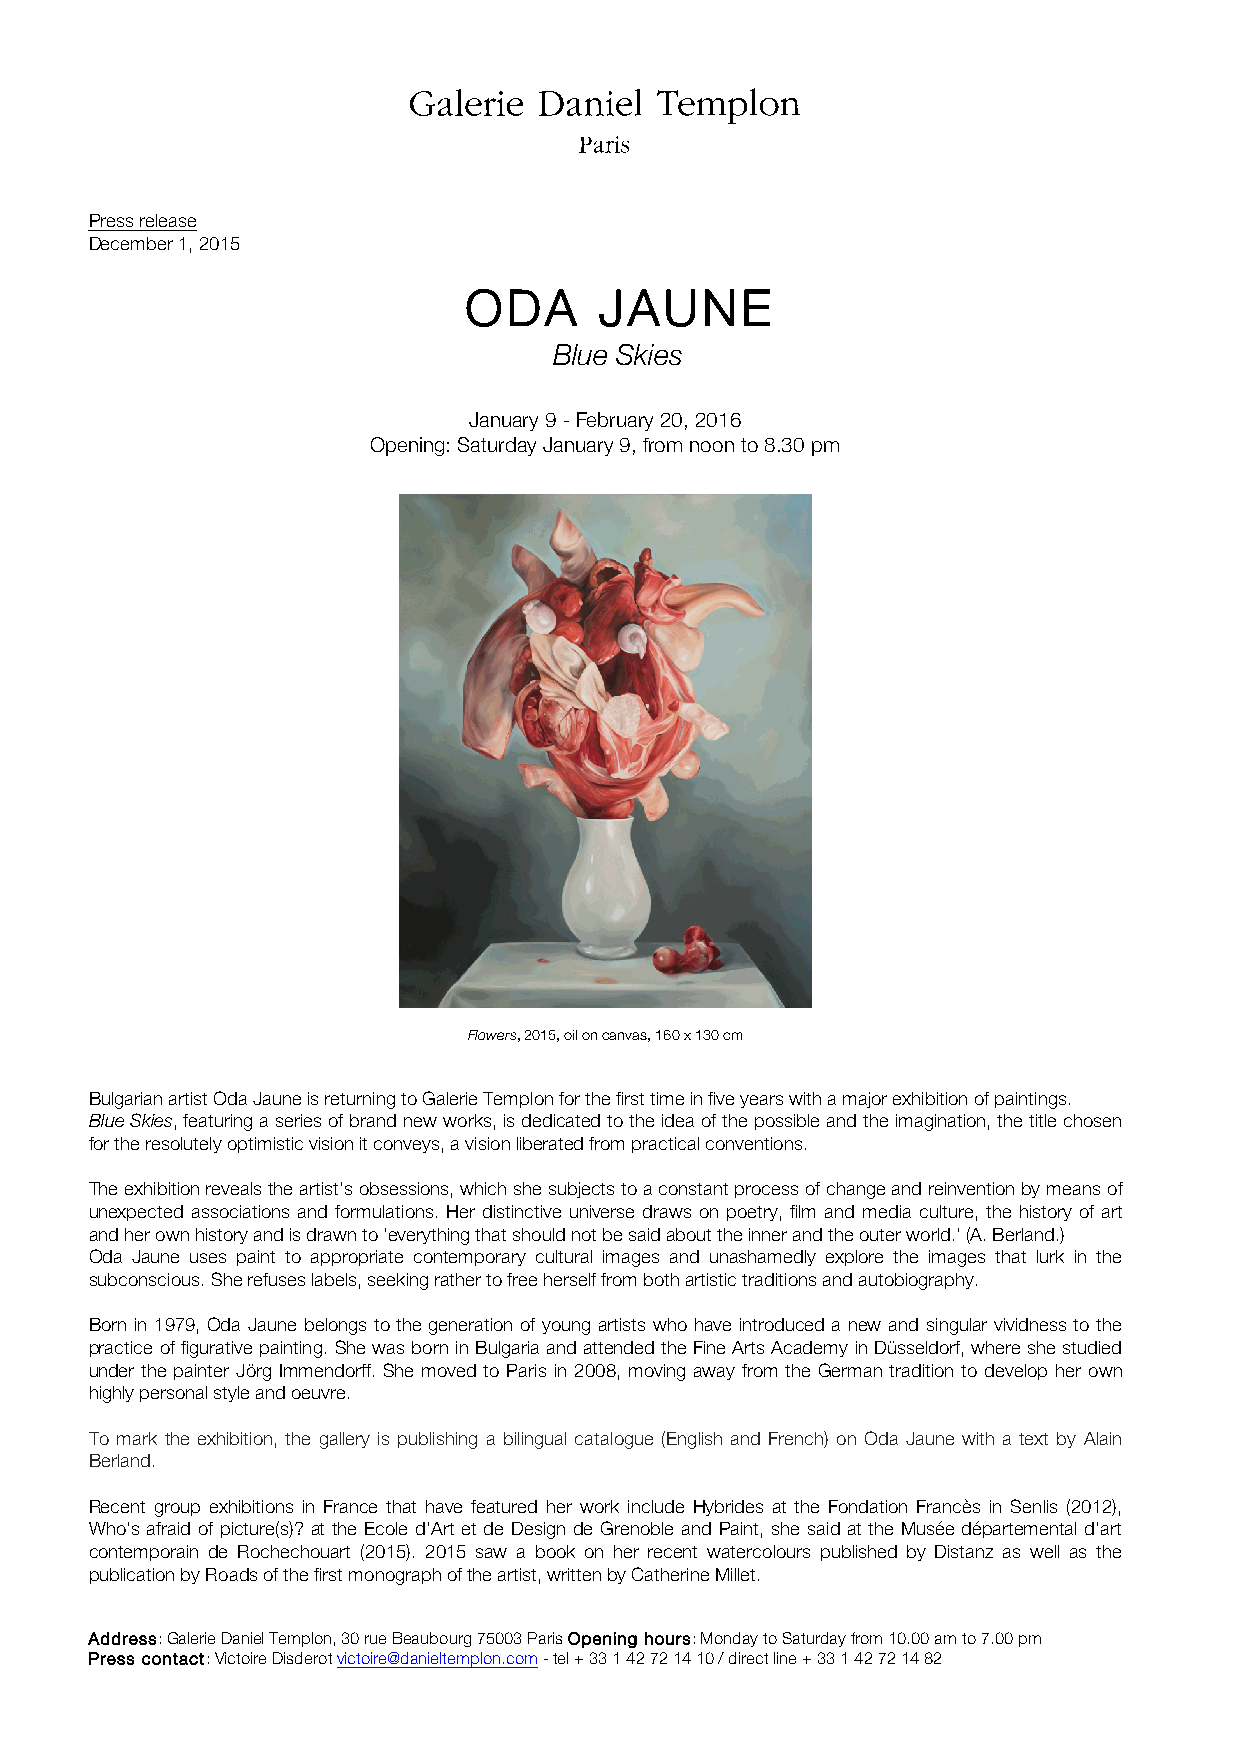
Press release
 December 1, 2015
 ODA      JAUNE
 Blue Skies
 January 9 - February 20, 2016
 Opening: Saturday January 9, from noon to 8.30 pm
 Flowers, 2015, oil on canvas, 160 x 130 cm
 Bulgarian artist Oda Jaune is returning to Galerie Templon for the first time in five years with a major exhibition of paintings.
 Blue Skies, featuring a series of brand new works, is dedicated to the idea of the possible and the imagination, the title chosen
 for the resolutely optimistic vision it conveys, a vision liberated from practical conventions.
 The exhibition reveals the artist’s obsessions, which she subjects to a constant process of change and reinvention by means of
 unexpected associations and formulations. Her distinctive universe draws on poetry, film and media culture, the history of art
 and her own history and is drawn to ‘everything that should not be said about the inner and the outer world.’ (A. Berland.)
 Oda Jaune uses paint to appropriate contemporary cultural images and unashamedly explore the images that lurk in the
 subconscious. She refuses labels, seeking rather to free herself from both artistic traditions and autobiography.
 Born in 1979, Oda Jaune belongs to the generation of young artists who have introduced a new and singular vividness to the
 practice of figurative painting. She was born in Bulgaria and attended the Fine Arts Academy in Düsseldorf, where she studied
 under the painter Jörg Immendorff. She moved to Paris in 2008, moving away from the German tradition to develop her own
 highly personal style and oeuvre.
 To mark the exhibition, the gallery is publishing a bilingual catalogue (English and French) on Oda Jaune with a text by Alain
 Berland.
 Recent group exhibitions in France that have featured her work include Hybrides at the Fondation Francès in Senlis (2012),
 Who's afraid of picture(s)? at the Ecole d'Art et de Design de Grenoble and Paint, she said at the Musée départemental d’art
 contemporain de Rochechouart (2015). 2015 saw a book on her recent watercolours published by Distanz as well as the
 publication by Roads of the first monograph of the artist, written by Catherine Millet.
 Address: Galerie Daniel Templon, 30 rue Beaubourg 75003 Paris Opening hours: Monday to Saturday from 10.00 am to 7.00 pm
 Press contact: Victoire Disderot victoire@danieltemplon.com - tel + 33 1 42 72 14 10 / direct line + 33 1 42 72 14 82